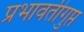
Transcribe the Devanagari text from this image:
प्रभावतीगुप्त